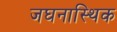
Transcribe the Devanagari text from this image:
जघनास्थिक